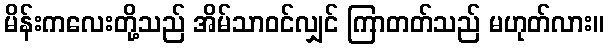
မိန်းကလေးတို့သည် အိမ်သာဝင်လျှင် ကြာတတ်သည် မဟုတ်လား။